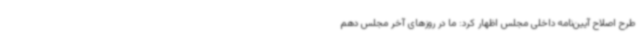
طرح اصلاح آیین‌نامه داخلی مجلس اظهار کرد: ما در روزهای آخر مجلس دهم